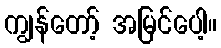
ကျွန်တော့် အမြင်ပေါ့။